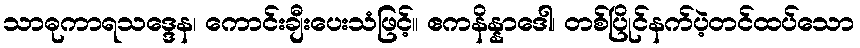
သာဓုကာရသဒ္ဒေန၊ ကောင်းချီးပေးသံဖြင့်။ ဧကနိန္နာဒေါ၊ တစ်ပြိုင်နက်ပဲ့တင်ထပ်သော